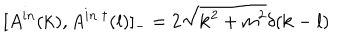
[ A ^ { i n } ( { \bf k } ) , A ^ { i n ~ \dagger } ( { \bf l } ) ] _ { - } = 2 \sqrt { { \bf k } ^ { 2 } + m ^ { 2 } } \delta ( { \bf k } - { \bf l } )